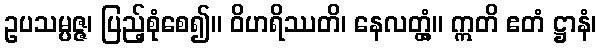
ဥပသမ္ပဇ္ဇ၊ ပြည့်စုံစေ၍။ ဝိဟရိဿတိ၊ နေလတ္တံ့။ ဣတိ ဧတံ ဋ္ဌာနံ၊